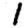
Digit: 1